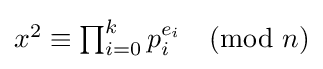
\textstyle x^{2}\equiv \prod _{i=0}^{k}p_{i}^{e_{i}}{\pmod {n}}